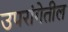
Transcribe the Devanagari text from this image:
उपरांगेतील